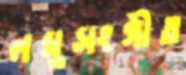
লঘুসংগীত